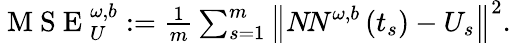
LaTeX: \begin{array}{r}{\mathrm{~M~S~E~}_{U}^{\omega,b}:=\frac{1}{m}\sum_{s=1}^{m}\left\| {N\! N}^{\omega,b}\left(t_{s}\right)-{U}_{s}\right\| ^{2}.}\end{array}